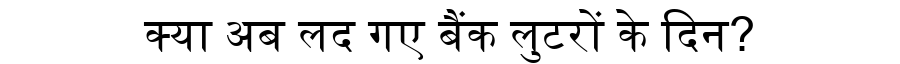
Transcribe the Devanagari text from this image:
क्या अब लद गए बैंक लुटरों के दिन?